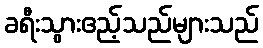
ခရီးသွားဧည့်သည်များသည်